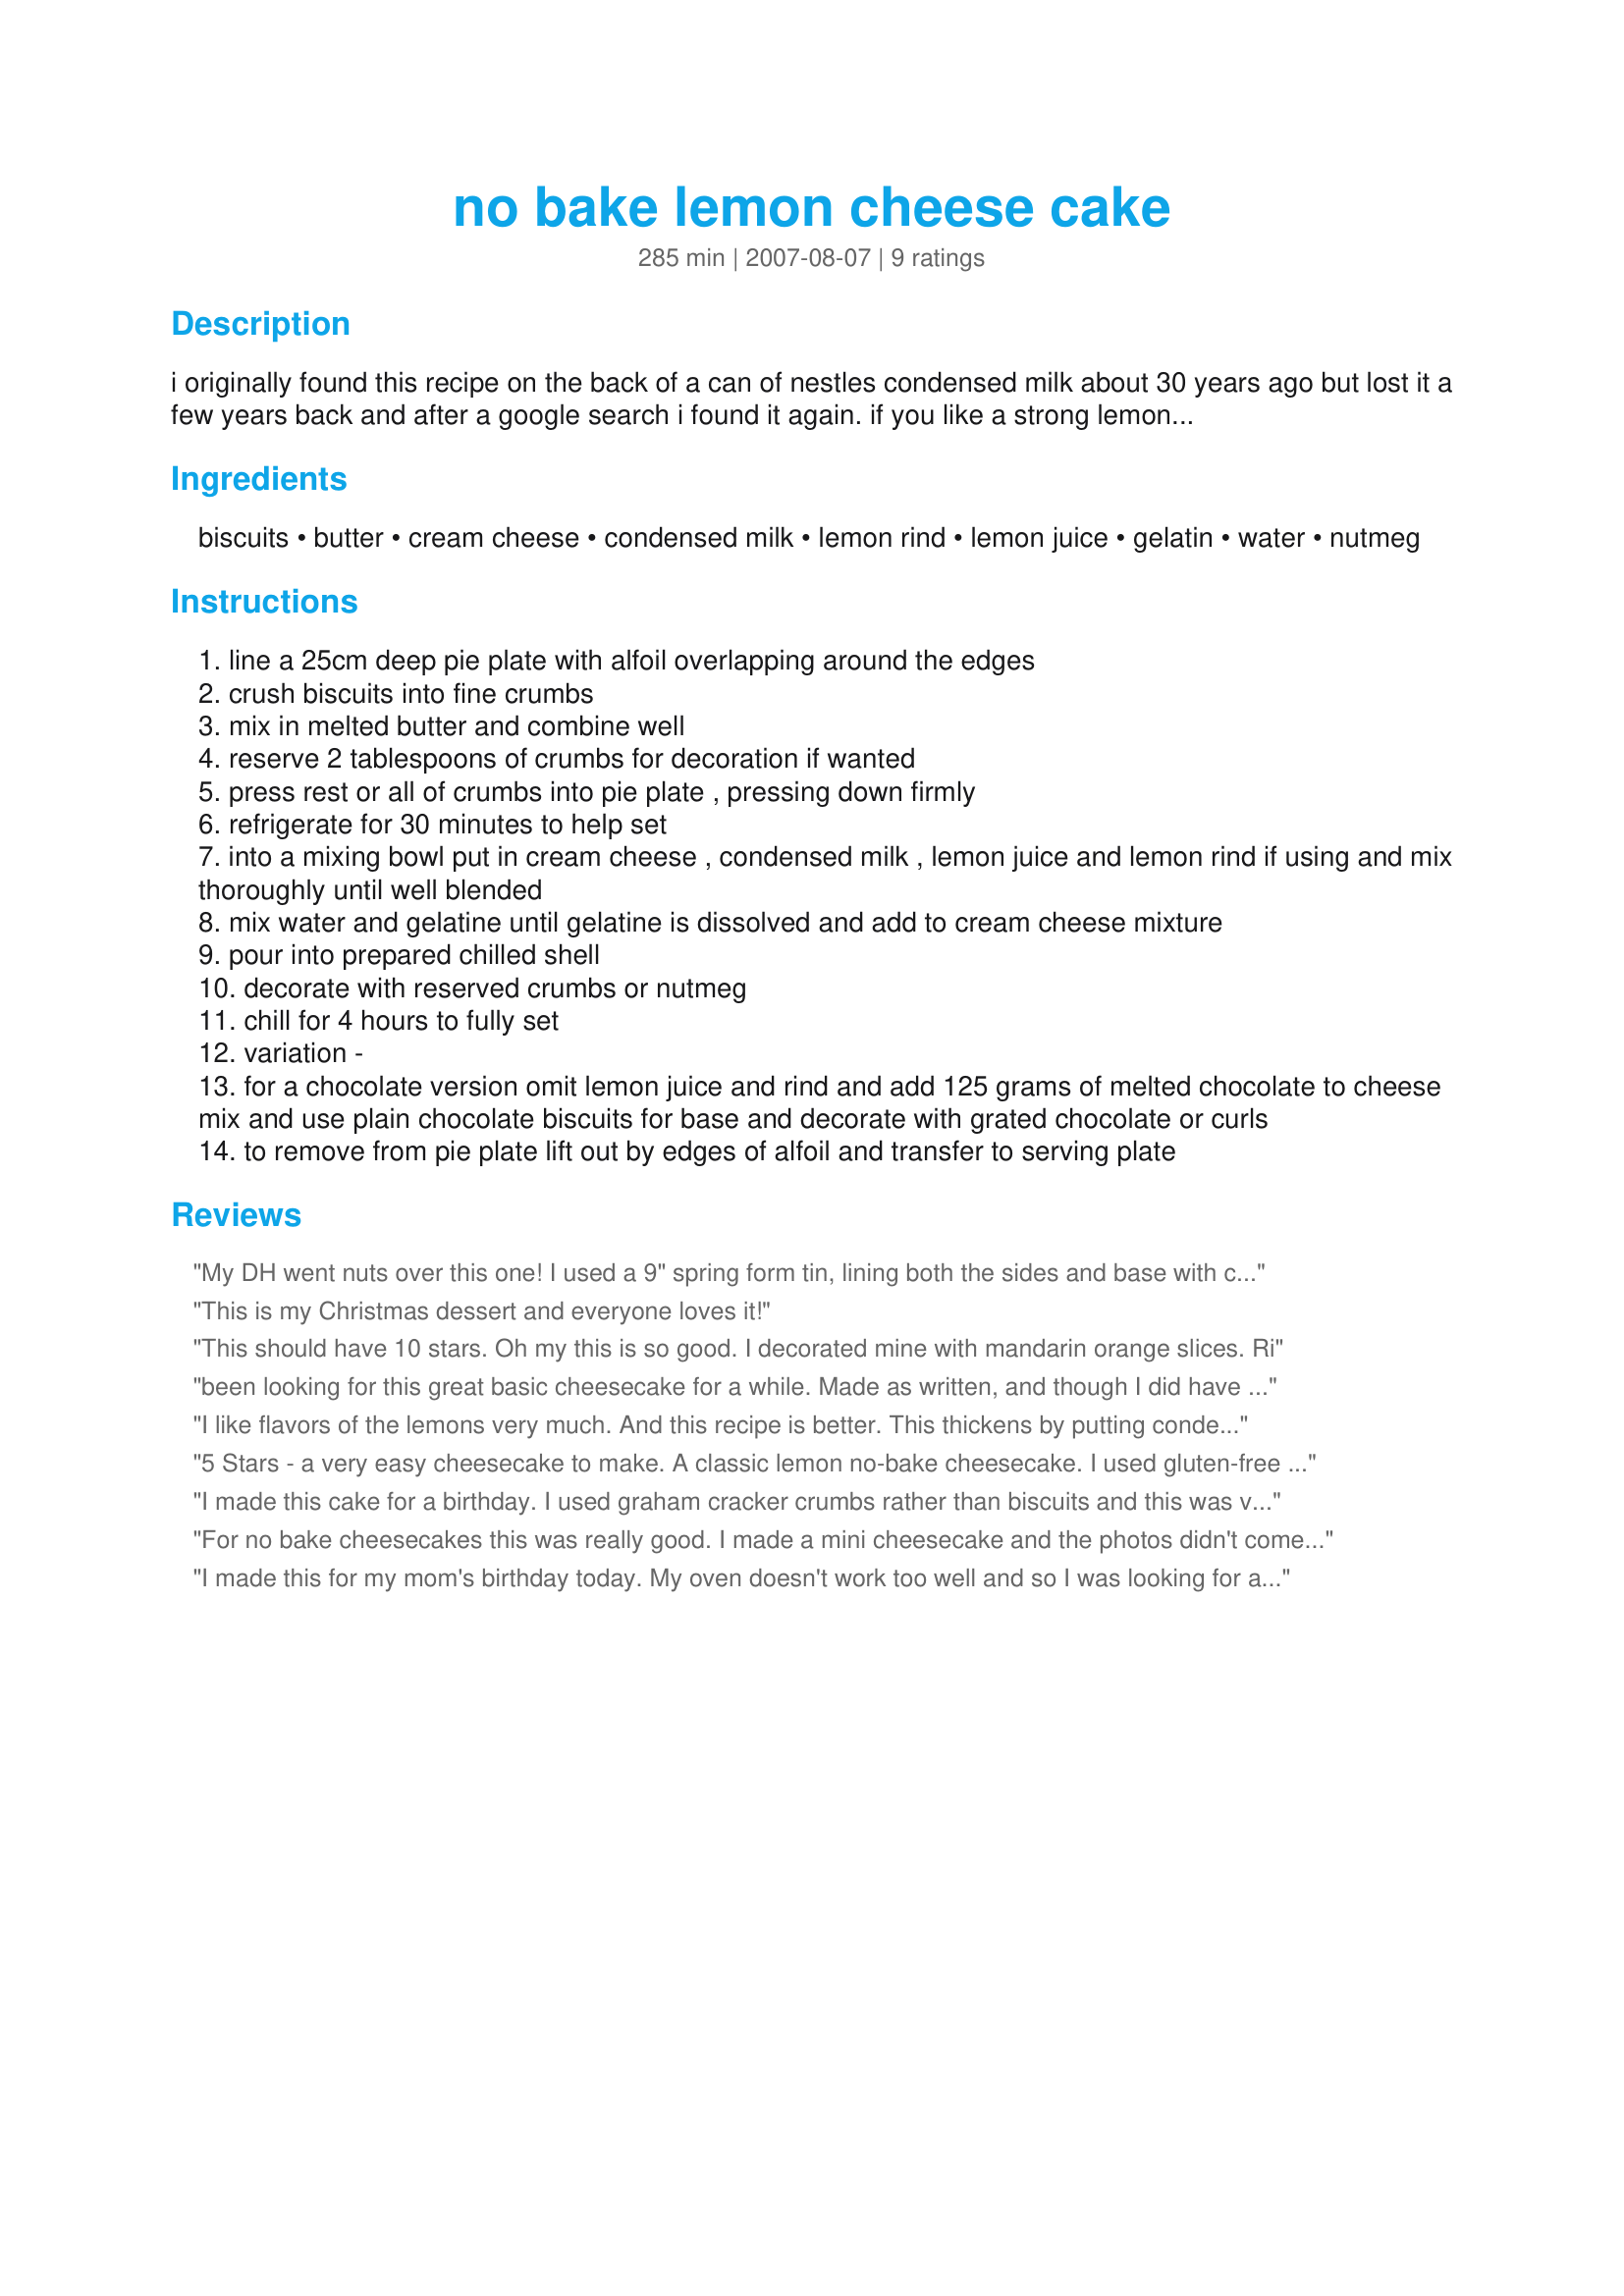
no bake lemon cheese cake
Preparation time: 285 minutes

i originally found this recipe on the back of a can of nestles condensed milk about 30 years ago but lost it a few years back and after a google search i found it again. if you like a strong lemon flavour add the grated lemon rind. i use a deep pie plate but you could use a spring form cake tin but i think you would need to line the side. chill time is the cooking time (30 minutes for crust and 4 hours for cheese cake to set). once set i quite often slice the cheesecake and freeze slices in an air tight container - dh takes frozen slices in the morning for work for morning tea (about 2-3 hours later).

Ingredients:
biscuits, butter, cream cheese, condensed milk, lemon rind, lemon juice, gelatin, water, nutmeg

Steps:
line a 25cm deep pie plate with alfoil overlapping around the edges
crush biscuits into fine crumbs
mix in melted butter and combine well
reserve 2 tablespoons of crumbs for decoration if wanted
press rest or all of crumbs into pie plate , pressing down firmly
refrigerate for 30 minutes to help set
into a mixing bowl put in cream cheese , condensed milk , lemon juice and lemon rind if using and mix thoroughly until well blended
mix water and gelatine until gelatine is dissolved and add to cream cheese mixture
pour into prepared chilled shell
decorate with reserved crumbs or nutmeg
chill for 4 hours to fully set
variation -
for a chocolate version omit lemon juice and rind and add 125 grams of melted chocolate to cheese mix and use plain chocolate biscuits for base and decorate with grated chocolate or curls
to remove from pie plate lift out by edges of alfoil and transfer to serving plate

Reviews:
My DH went nuts over this one! I used a 9" spring form tin, lining both the sides and base with crumb mixture. Even with a generous layer I had crumbs leftover, so I'd reduce to no more than 200g of bickies next time. I used plain Arnottâ€™s Marie biscuits..these worked well as they didn't distract from the nice lemon flavour. Easy n tasty...thanks for sharing!
This is my Christmas dessert and everyone loves it!
This should have 10 stars.
Oh my this is so good. I decorated mine with mandarin orange slices.
Ri
been looking for this great basic cheesecake for a while. Made as written, and though I did have a few cheesy "bits" they disapeared during the 24 hour waiting period! Served this plain after a curry meal, everyone loved it!<br/>made for Aussie swap May 2011
I like flavors of the lemons very much.
And this recipe is better.
This thickens by putting condensed milk and the flavor of milk and the lemon is very rich and is splendid and is delicious!
I like a strong lemon flavour added the grated lemon rind, and I sprinkled it on the tip.

I did not use the crust and I put only filling in a glass and enjoyed this.
I intend to try this with a fresh orange on the next time.
I prepare for the crust and intend to completely obey your instructions.
I intend to continue enjoying this with an apple, a blueberry, a banana, various variations from now on.
Thank you for a delicious recipe!
5 Stars - a very easy cheesecake to make. A classic lemon no-bake cheesecake. I used gluten-free rice cookies to make the crumb base and made the recipe as stated. Actually -doubled the recipe quite easily to make 2 cheesecakes for my families Mothers' Day get-together. Loved the lemon flavour and I did add the lemon zest. 2 lemons used for each cheesecake (4 in total). A definite make again recipe for us. Made for *Australian NZ Forum Recipe Tag Game*
I made this cake for a birthday. I used graham cracker crumbs rather than biscuits and this was very tasty. The filling was creamy and lemony. The condensed milk came in a 300 ml can. one can is just shy of 400 grams. In thw future I will just use one can and not bother taking a few tbs. out of a second can and not using the rest. It is a delicious cake and easy to prepare.
For no bake cheesecakes this was really good. I made a mini cheesecake and the photos didn't come out near as good as Jubes did, but it was well enjoyed and we especially like the biscuit crumb crust and topping. :)
I made this for my mom's birthday today. My oven doesn't work too well and so I was looking for a no-bake cake like this one. Very simple and quick to make, not overly sweet, with just the right amount of lemon (I did add the zest too). As another reviewer suggested, I used just 200 gms of biscuits (McVities Digestive Light). Overall, I was very happy with the result. Might try the chocolate version next. Thank you for posting, Pat. Updated on 15th Aug, 2008: Made this again today (since my father complained that he got just one piece the last time) and realized I forgot to mention that if you want to get rid of the air-bubbles in the cheese mixture after pouring it onto the base, give the springform pan a couple of good thumps on a flat surface. The air-bubbles just come up to the surface of the mixture and pop.
